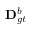
\mathbf { D } _ { g t } ^ { b }